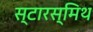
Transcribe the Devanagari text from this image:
स्टारस्मिथ